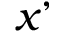
x ’